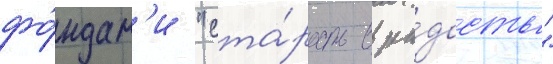
фо́ндам'и "ста́рость в ра́дость"